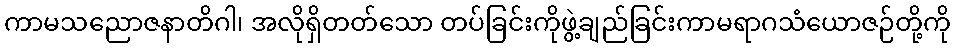
ကာမသညောဇနာတိဂါ၊ အလိုရှိတတ်သော တပ်ခြင်းကိုဖွဲ့ချည်ခြင်းကာမရာဂသံယောဇဉ်တို့ကို